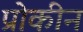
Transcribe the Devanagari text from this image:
प्रोकीन